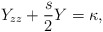
\begin{align*}Y_{zz} + \frac{s}{2} Y = \kappa,\end{align*}